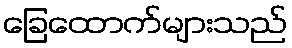
ခြေထောက်များသည်